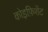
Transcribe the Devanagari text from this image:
कोइफ़िशेंट